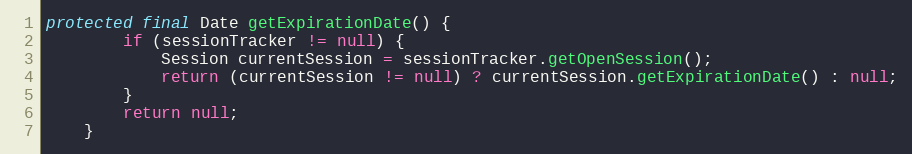
Language: Java
protected final Date getExpirationDate() {
        if (sessionTracker != null) {
            Session currentSession = sessionTracker.getOpenSession();
            return (currentSession != null) ? currentSession.getExpirationDate() : null;
        }
        return null;
    }